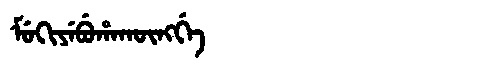
Manchu: ᠮᡠᡴᡳᠶᡝᠪᡠᡥᠠᡴᡡᠩᡤᡝ
Romanization: MUKIYEBUHAKŪNGGE